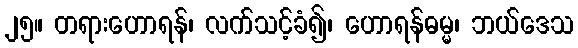
၂၅။ တရားဟောရန်၊ လက်သင့်ခံ၍၊ ဟောရန်ဓမ္မ၊ ဘယ်ဒေသ